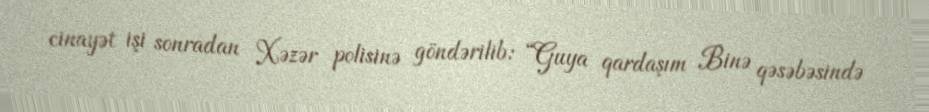
cinayət işi sonradan Xəzər polisinə göndərilib: “Guya qardaşım Binə qəsəbəsində